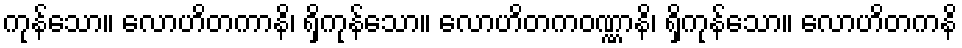
ကုန်သော။ လောဟိတကာနိ၊ ရှိကုန်သော။ လောဟိတကဝဏ္ဏာနိ၊ ရှိကုန်သော။ လောဟိတကနိ